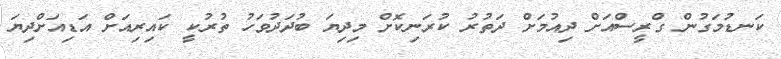
ކަނޑުމަގުން ގްރީސްއަށް ދިއުމަށް ދަތުރު ކުރަނިކޮށް މިދިޔަ ބުދަދުވަހު ތުރުކީ ކައިރިއަށް އަޑިއަށްދިޔަ